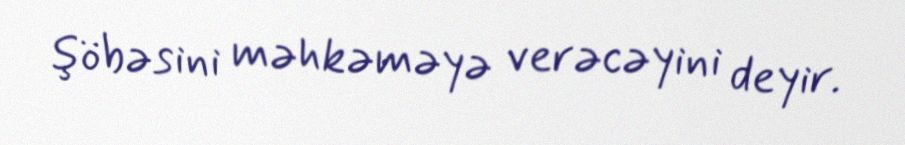
şöbəsini məhkəməyə verəcəyini deyir.